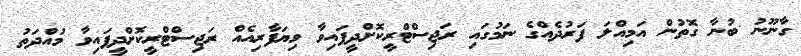
ގާނޫނު ބުނާ ގޮތުން އަމިއްލަ ފަރުދެއްގެ ނަމުގައި ރަޖިސްޓްރީކޮށްދީފައިވާ ވިޔަފާރިއެއް ރަޖިސްޓްރީކޮށްދީފައިވާ މުއްދަތު